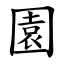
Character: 園